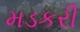
મડકરી